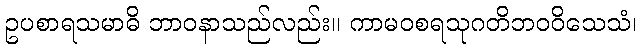
ဥပစာရသမာဓိ ဘာဝနာသည်လည်း။ ကာမဝစရသုဂတိဘဝဝိသေသံ၊